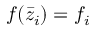
f ( \bar { z } _ { i } ) = f _ { i }